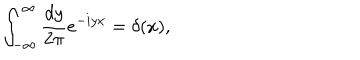
LaTeX: \int _ { - \infty } ^ { \infty } \frac { d y } { 2 \pi } e ^ { - i y x } = \delta ( x ) ,